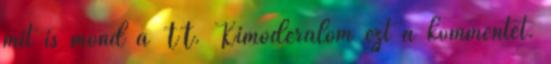
mit is mond a TT. Kimoderálom ezt a kommentet.